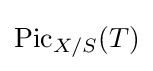
\operatorname {Pic} _{X/S}(T)